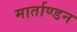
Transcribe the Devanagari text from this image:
मार्ताण्डन